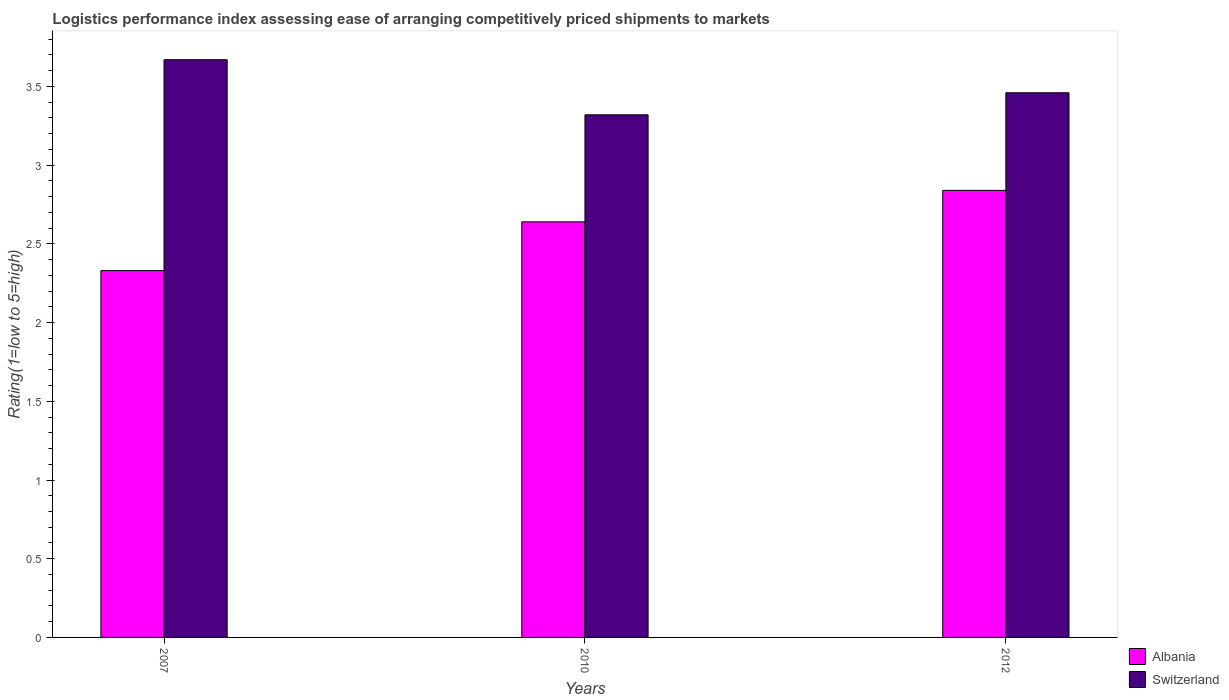
| Years | Albania | Switzerland |
 | --- | --- | --- |
 | 2007 | 2.33 | 3.67 |
 | 2010 | 2.64 | 3.32 |
 | 2012 | 2.84 | 3.46 |